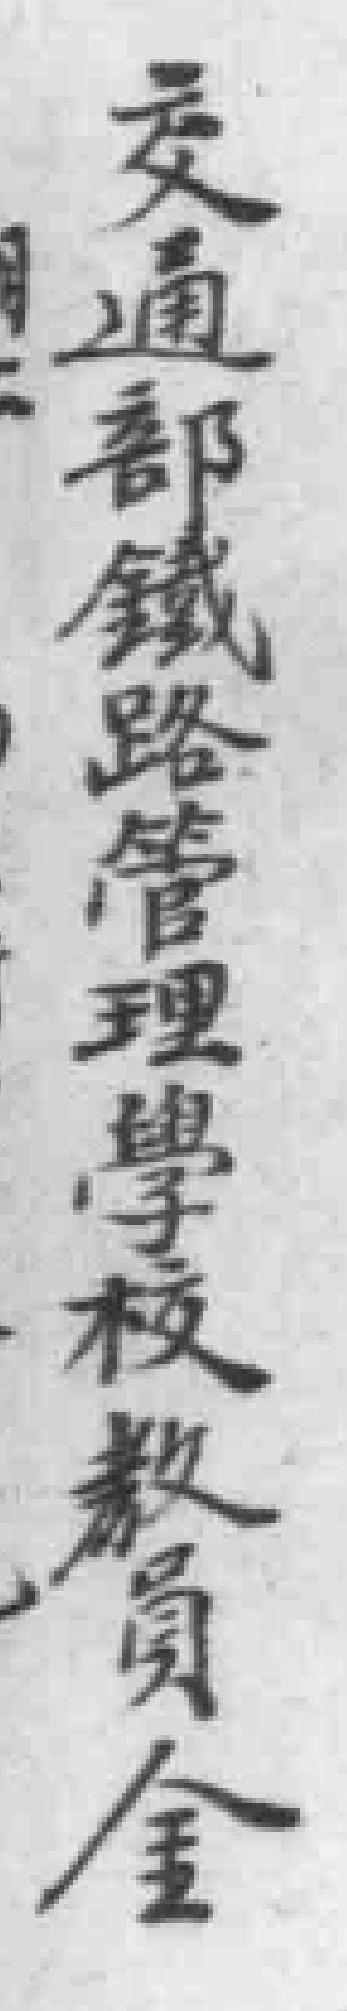
交通部鐵路管理學校教員金